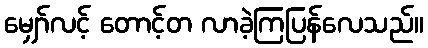
မျှော်လင့် တောင့်တ လာခဲ့ကြပြန်လေသည်။